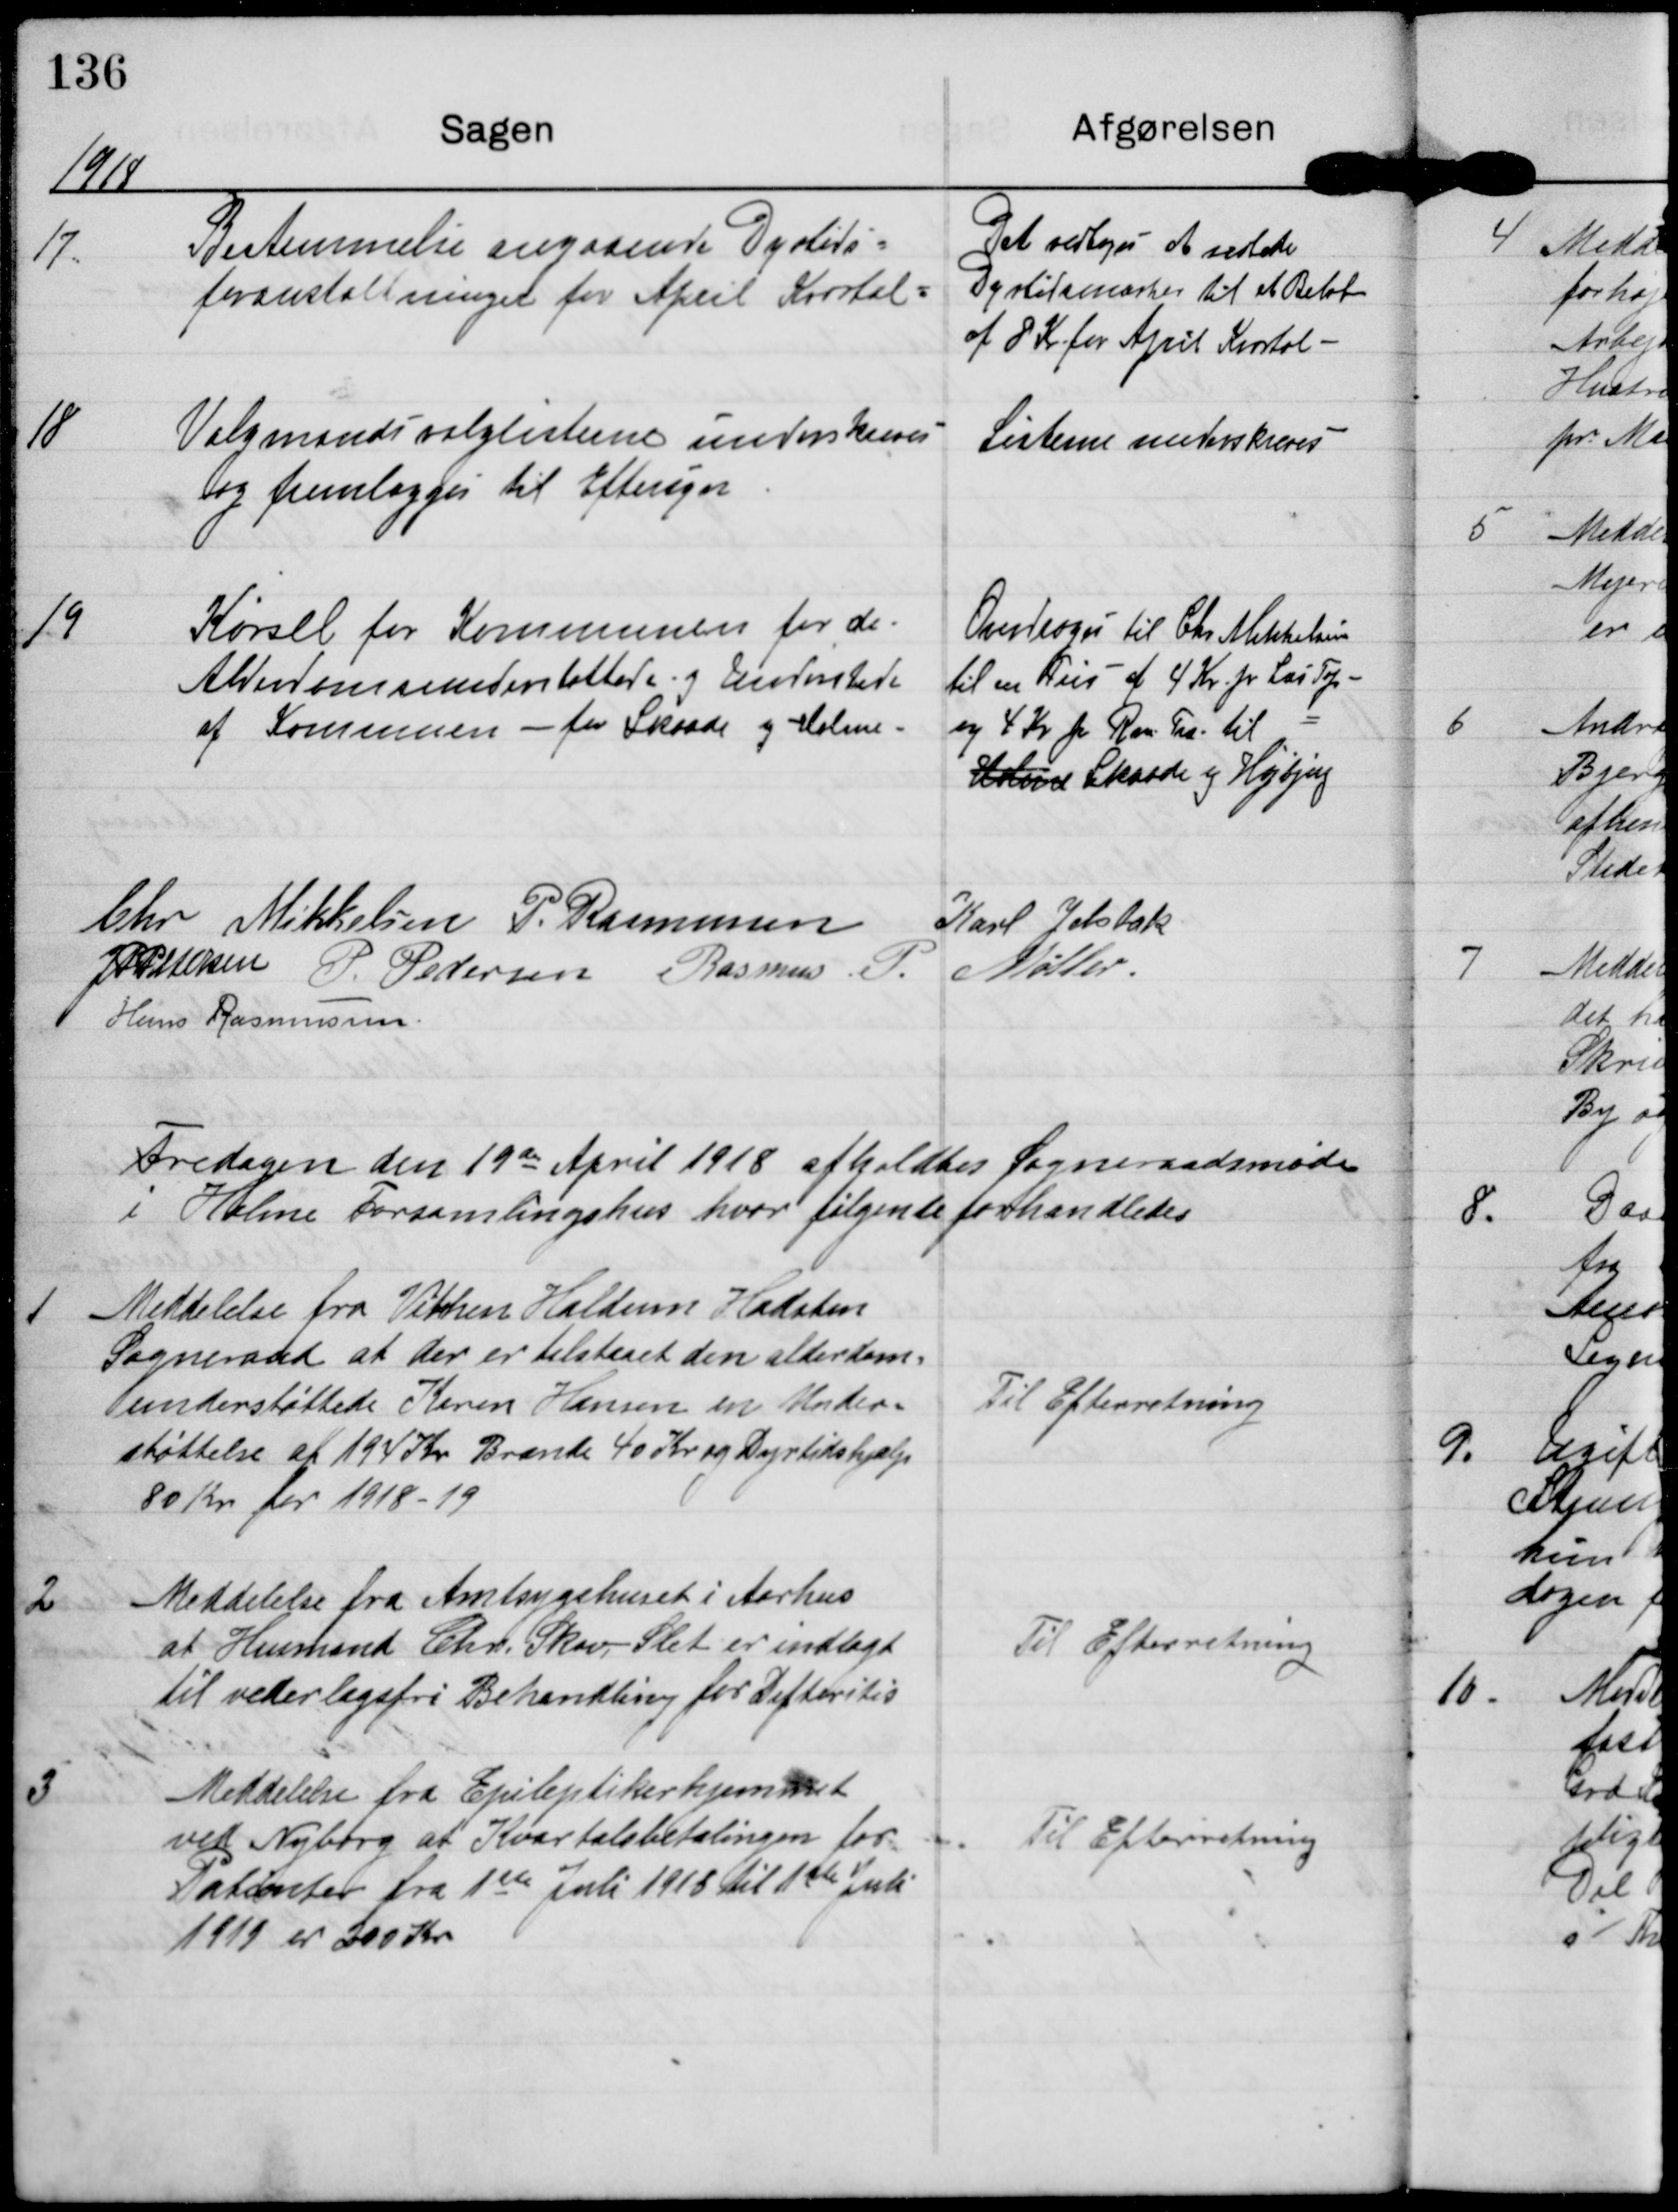
Transskription:
1918

17.

Bestemmelse angaaende Dyrtids-
foranstaltninger for April Kvartal.

Det vedtoges at udlede
Dyrtidsmærker til et Beløb
af 8 kr for April Kvartal

18

Valgmandsvalglisterne underskrives
og fremlægges til Eftersyn

Listerne underskrives

19

Kørsel for Kommunen for de
Alderdomsunderstøttede og Understøtede
af Kommunen - for Skaade og Holme

Overdroges til Chr Mikkelsen
til en Pris af 4 Kr pr Læs Tørv
og 4 Kr pr Raa Træ til
Holme Skaade og Højbjerg.

Chr Mikkelsen

P. Rasmussen

Karl Jelsbak

JP Pedersen

P. Pedersen

Rasmus P. Møller

Hans Rasmussen

Fredagen den 19de April 1918 afholdtes Sogneraadsmøde
i Holme Forsamlingshus hvor følgende forhandledes

1

Meddelelse fra Vithen Haldum Hadsten
Sogneraad at der er tilstaaet den alderdoms-
understøttede Karen Hansen en Under-
støttelse af 194 kr Brænde 40 Kr og Dyrtidshjælp
 80 Kr for 1918-19

Til Efterretning

2

Meddelelse fra Amtsygehuset i Aarhus
at Husmand Chr. Skov, Slet er indlagt
til vederlagsfri Behandling for Difteritis.

Til Efterretning

3

Meddelelse fra Epileptikerhjemmet
ved Nyborg at Kvartalsbetalingen for
Patienter fra1ste Juli 1918 til 1ste Juli
1919 er 200 Kr

Til Efterretning